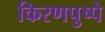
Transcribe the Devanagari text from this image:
किरणपुष्पे